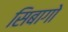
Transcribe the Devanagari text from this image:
सिबागो